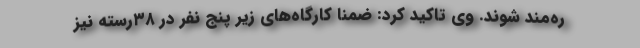
ره‌مند شوند. وی تاکید کرد: ضمنا کارگاه‌های زیر پنج نفر در ٣٨رسته نیز